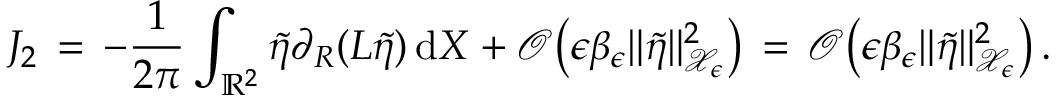
J _ { 2 } \, = \, - \frac { 1 } { 2 \pi } \int _ { \mathbb { R } ^ { 2 } } \tilde { \eta } \partial _ { R } ( L \tilde { \eta } ) \, \mathrm { d } X + \mathcal { O } \bigl ( \epsilon \beta _ { \epsilon } \| \tilde { \eta } \| _ { \mathcal { X } _ { \epsilon } } ^ { 2 } \bigr ) \, = \, \mathcal { O } \bigl ( \epsilon \beta _ { \epsilon } \| \tilde { \eta } \| _ { \mathcal { X } _ { \epsilon } } ^ { 2 } \bigr ) \, .